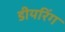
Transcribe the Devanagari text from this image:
डीयरिंग